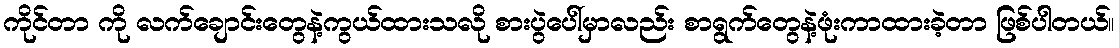
ကိုင်တာ ကို လက်ချောင်းတွေနဲ့ကွယ်ထားသလို စားပွဲပေါ်မှာလည်း စာရွက်တွေနဲ့ဖုံးကာထားခဲ့တာ ဖြစ်ပါတယ်။